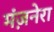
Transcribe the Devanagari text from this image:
मंज़नेरा